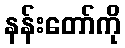
နန်းတော်ကို